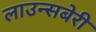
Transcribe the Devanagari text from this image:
लाउन्सबेरी